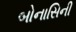
બોનાસિની